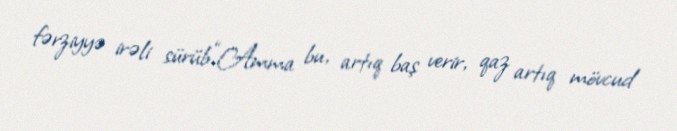
fərziyyə irəli sürüb.“Amma bu, artıq baş verir, qaz artıq mövcud